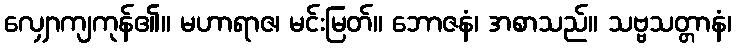
လျှောကျကုန်၏။ မဟာရာဇ၊ မင်းမြတ်။ ဘောဇနံ၊ အစာသည်။ သဗ္ဗသတ္တာနံ၊